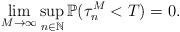
LaTeX: \begin{align*}\lim_{M\rightarrow\infty}\sup_{n\in \mathbb{N}} \mathbb{P}(\tau_{n}^M <T) =0.\end{align*}